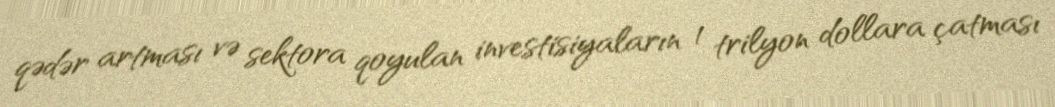
qədər artması və sektora qoyulan investisiyaların 1 trilyon dollara çatması